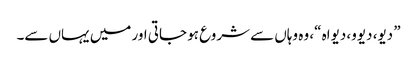
” دیو، دیوو، دیواہ “، وہ وہاں سے شروع ہو جاتی اور میں یہاں سے۔